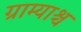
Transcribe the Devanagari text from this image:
ग्राम्याश्च